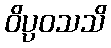
ဝိပ္ပဝသသိ